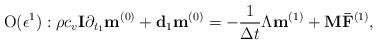
LaTeX: \begin{align*}{\rm O}(\epsilon ^1):\rho c_v {\bf{I}} \partial_ {t_1}{{{\bf{ m}}}}^{(0)}+{\bf{d}}_{1}{{{\bf{ m}}}}^{(0)}=-\frac{1}{\Delta t} {\Lambda}{{{\bf{ m}}}} ^{(1)} + {{{\bf{ M}}}}{{{\bf{ \bar F}}}}^{(1)}, \end{align*}